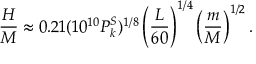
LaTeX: { \frac { H } { M } } \approx 0 . 2 1 ( 1 0 ^ { 1 0 } P _ { k } ^ { S } ) ^ { 1 / 8 } \left( { \frac { L } { 6 0 } } \right) ^ { 1 / 4 } \left( { \frac { m } { M } } \right) ^ { 1 / 2 } .